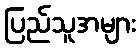
ပြည်သူအများ